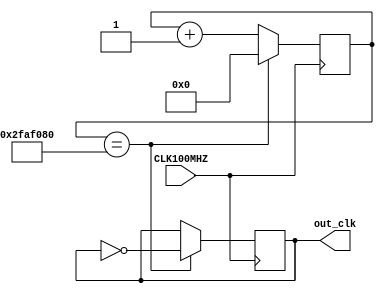
`timescale 1ns / 1ps
//////////////////////////////////////////////////////////////////////////////////
// Company: 
// Engineer: 
// 
// Design Name: 
// Module Name: timer
// Project Name: 
// Target Devices: 
// Tool Versions: 
// Description: 
// 
// Dependencies: 
// 
// Revision:
// Revision 0.01 - File Created
// Additional Comments:
// 
//////////////////////////////////////////////////////////////////////////////////


module timer_clk_generator(CLK100MHZ, out_clk);
    input CLK100MHZ;
    output reg out_clk;
    reg [31:0] counter;
    
    always@(posedge CLK100MHZ) begin
        counter <= counter + 1;
        if (counter == (12_500_000*4)) begin
            counter <= 0;
   
            out_clk <= ~out_clk;
        end
    end
endmodule